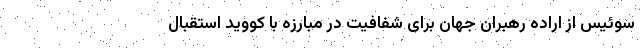
سوئیس از اراده رهبران جهان برای شفافیت در مبارزه با کووید استقبال